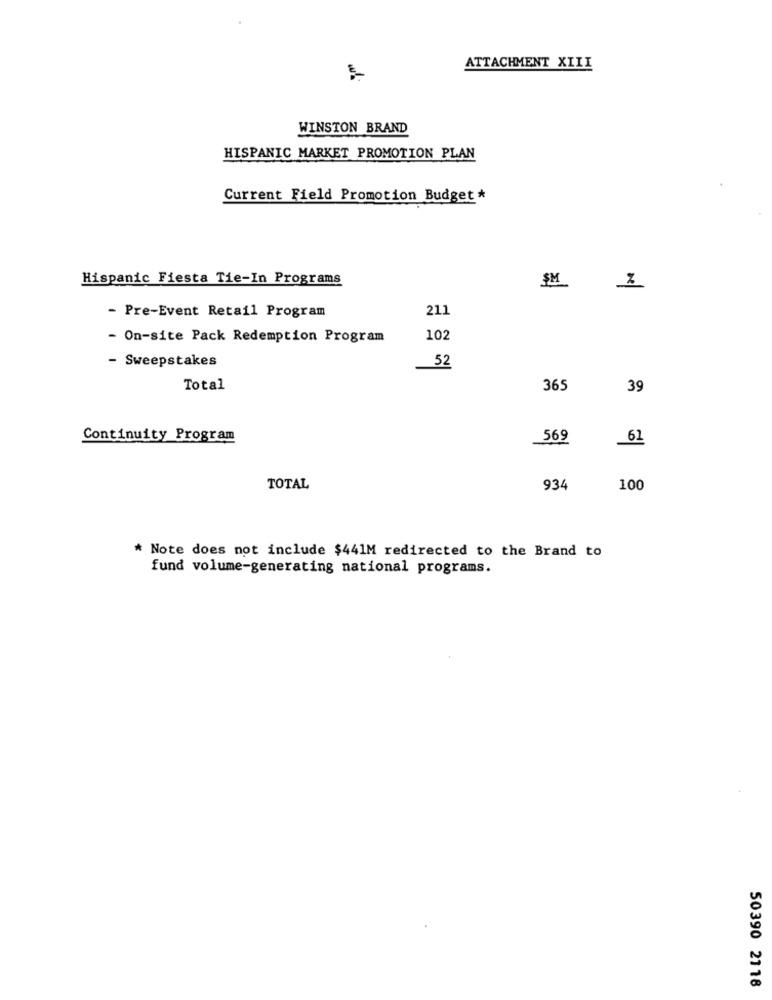
ATTACHMENT XIII
WINSTON BRAND
HISPANIC MARKET PROMOTION PLAN
Current Field Promotion Budget *
Hispanic Fiesta Tie-In Programs
SM
- Pre-Event Retail Program
211
- On-site Pack Redemption Program
102
- Sweepstakes
52
Total
365
39
Continuity Program
569
_61
TOTAL
934
100
* Note does not include $441M redirected to the Brand to
fund volume-generating national programs.
50390 2118